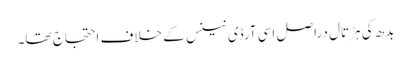
بدھ کی ہڑتال دراصل اسی آرڈی نینس کے خلاف احتجاج تھا۔